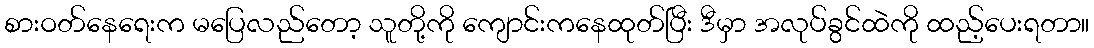
စားဝတ်နေရေးက မပြေလည်တော့ သူတို့ကို ကျောင်းကနေထုတ်ပြီး ဒီမှာ အလုပ်ခွင်ထဲကို ထည့်ပေးရတာ။